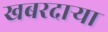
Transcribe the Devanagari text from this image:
खबरदाऱ्या